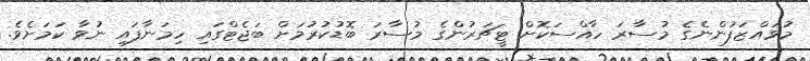
މުވައްޒަފުންނެގެ މުސާރަ ހާއްސަކޮށް ޓީޗަރުންގެ މުސާރަ ބޮޑުކުރުމަށް ބަޖެޓްގައި ހިމަނާފައި ނުވާ ކަމަށެވެ.